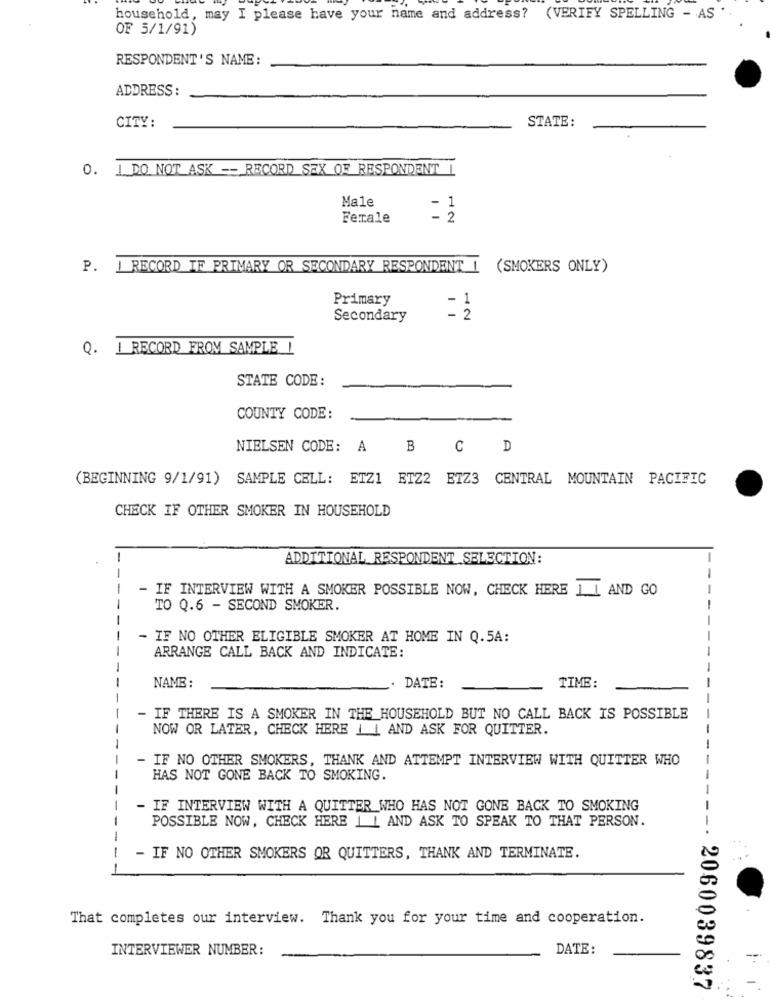
household, may I please have your name and address? (VERIFY SPELLING - AS
OF 5/1/91)
RESPONDENT'S NAME:
ADDRESS :
CITY:
STATE:
0. 1. DO NOT ASK -- RECORD SEX OF RESPONDENT L
Male
- 1
Female
12
P. I RECORD IF PRIMARY OR SECONDARY RESPONDENT !
(SMOKERS ONLY)
Primary
1
Secondary
- 2
Q. I RECORD FROM SAMPLE 1
STATE CODE:
COUNTY CODE:
NIELSEN CODE: A
B
0
A
(BEGINNING 9/1/91) SAMPLE CELL: ETZ1 ETZ2 ETZ3 CENTRAL MOUNTAIN PACIFIC
CHECK IF OTHER SMOKER IN HOUSEHOLD
-
ADDITIONAL RESPONDENT SELECTION:
- IF INTERVIEW WITH A SMOKER POSSIBLE NOW, CHECK HERE 1 L AND GO
-
TO Q.6 - SECOND SMOKER.
- IF NO OTHER ELIGIBLE SMOKER AT HOME IN Q.5A:
ARRANGE CALL BACK AND INDICATE:
NAME :
DATE:
TIME:
- IF THERE IS A SMOKER IN THE HOUSEHOLD BUT NO CALL BACK IS POSSIBLE
NOW OR LATER, CHECK HERE 1 1 AND ASK FOR QUITTER.
- IF NO OTHER SMOKERS, THANK AND ATTEMPT INTERVIEW WITH QUITTER WHO
HAS NOT GONE BACK TO SMOKING.
---
- IF INTERVIEW WITH A QUITTER WHO HAS NOT GONE BACK TO SMOKING
POSSIBLE NOW, CHECK HERE 1 L AND ASK TO SPEAK TO THAT PERSON.
- IF NO OTHER SMOKERS OR QUITTERS, THANK AND TERMINATE.
That completes our interview. Thank you for your time and cooperation.
INTERVIEWER NUMBER:
DATE:
-. 2060039837